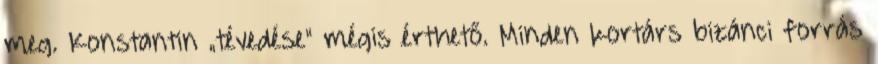
meg. Konstantin „tévedése" mégis érthető. Minden kortárs bizánci forrás